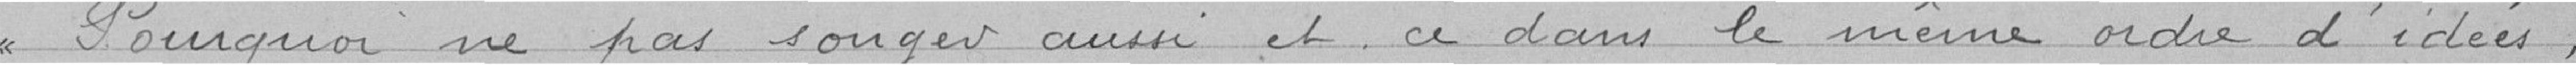
Pourquoi ne pas songer aussi et ce dans le même ordre d'idées,